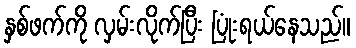
နှစ်ဖက်ကို လှမ်းလိုက်ပြီး ပြုံးရယ်နေသည်။